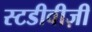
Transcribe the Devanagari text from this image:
स्टडीवीज़ी